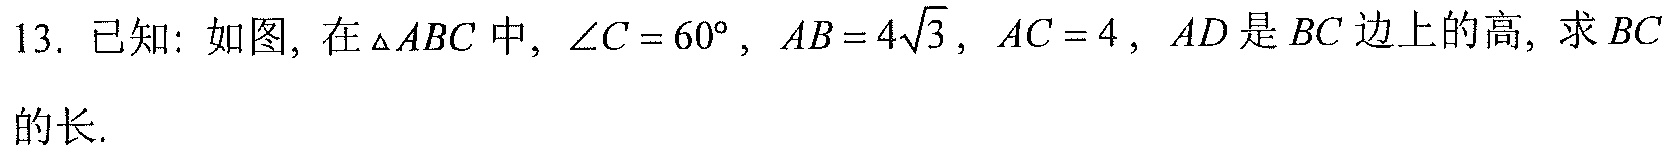
13. 已知: 如图, 在\(\triangle ABC\)中, \(\angle C = 60^{\circ}\), \(AB = 4\sqrt{3}\), \(AC = 4\), \(AD\)是\(BC\)边上的高, 求\(BC\)
的长.